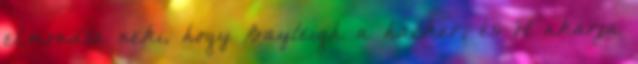
elmondta neki, hogy Bayleigh a hacker, és őt akarja